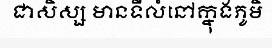
ជាសិស្ស មានទីលំនៅក្នុងភូមិ